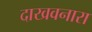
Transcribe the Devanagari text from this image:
दाखवनारा